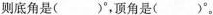
则底角是( )^{\circ}，顶角是( )^{\circ}。